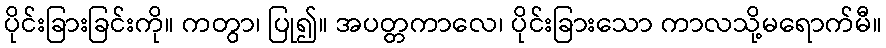
ပိုင်းခြားခြင်းကို။ ကတွာ၊ ပြု၍။ အပတ္တကာလေ၊ ပိုင်းခြားသော ကာလသို့မရောက်မီ။